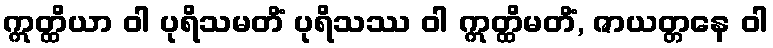
ဣတ္ထိယာ ဝါ ပုရိသမတိံ ပုရိသဿ ဝါ ဣတ္ထိမတိံ, ဇာယတ္တနေ ဝါ